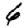
Digit: 6